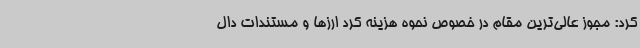
کرد: مجوز عالی‌ترین مقام در خصوص نحوه هزینه کرد ارزها و مستندات دال